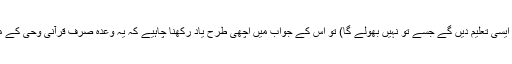
(یعنی ہم تجھے ایک ایسی تعلیم دیں گے جسے تُو نہیں بھولے گا) تو اس کے جواب میں اچھی طرح یاد رکھنا چاہیے کہ یہ وعدہ صرف قرآنی وحی کے متعلق ہے نہ کہ عام۔